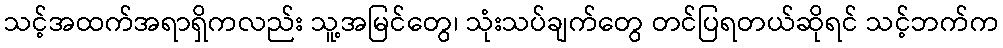
သင့်အထက်အရာရှိကလည်း သူ့အမြင်တွေ၊ သုံးသပ်ချက်တွေ တင်ပြရတယ်ဆိုရင် သင့်ဘက်က